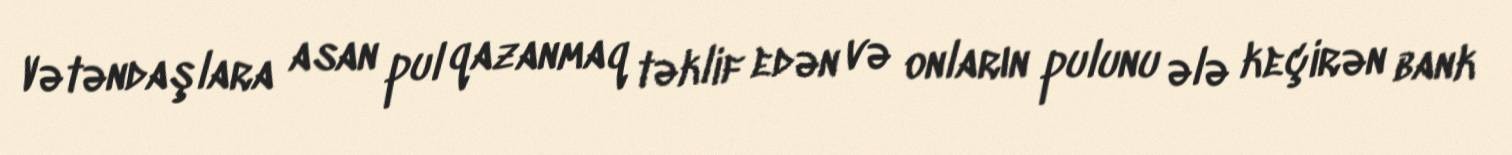
Vətəndaşlara asan pul qazanmaq təklif edən və onların pulunu ələ keçirən bank